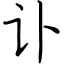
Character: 讣